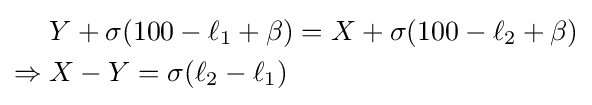
{\begin{aligned}&Y+\sigma (100-\ell _{1}+\beta )=X+\sigma (100-\ell _{2}+\beta )\\\Rightarrow {}&X-Y=\sigma (\ell _{2}-\ell _{1})\end{aligned}}